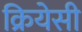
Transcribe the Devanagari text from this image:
क्रियेसी